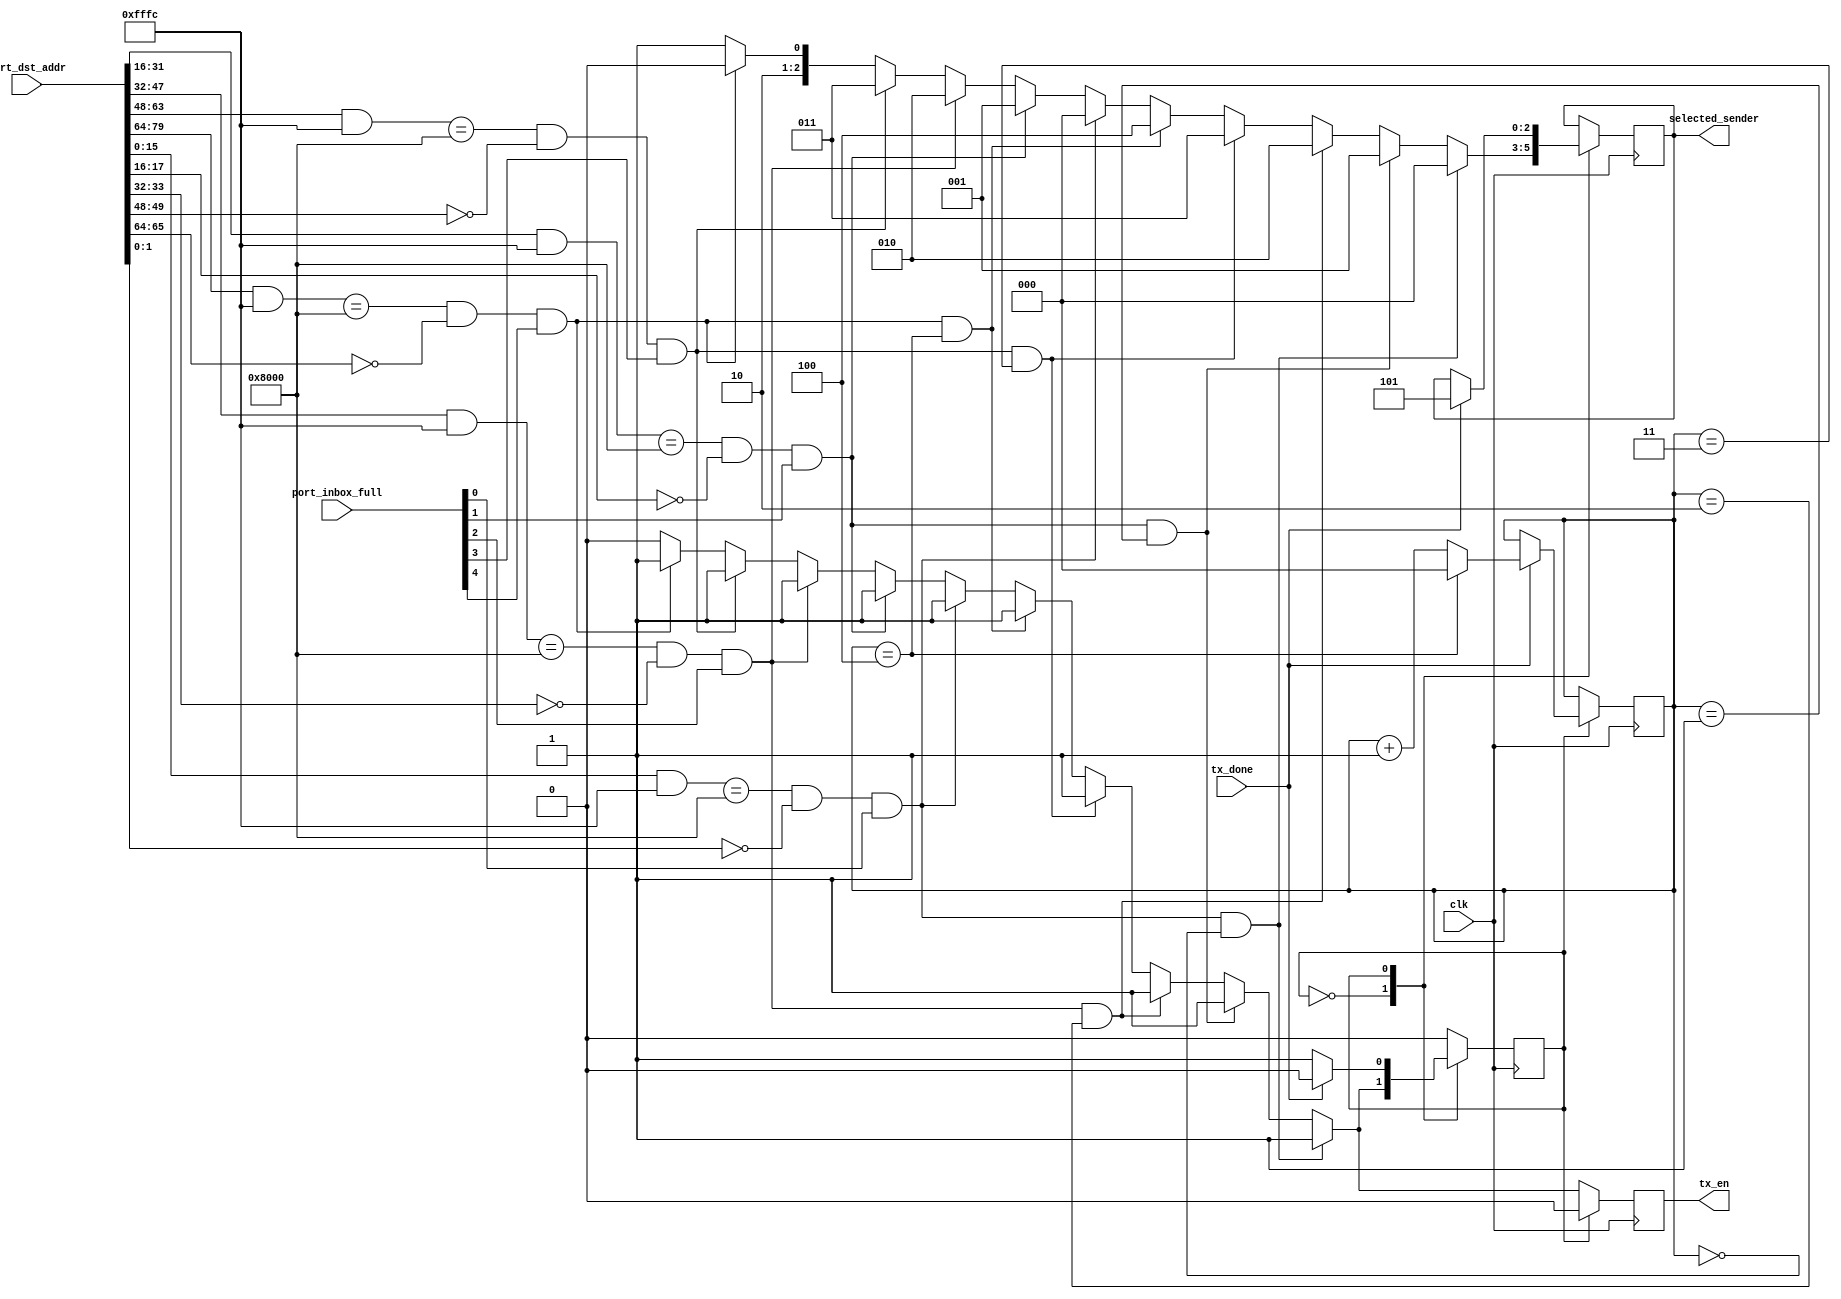
`timescale 1ns / 1ps
/***********************************************************************************************************************
*                                                                                                                      *
* ANTIKERNEL v0.1                                                                                                      *
*                                                                                                                      *
* Copyright (c) 2012-2016 Andrew D. Zonenberg                                                                          *
* All rights reserved.                                                                                                 *
*                                                                                                                      *
* Redistribution and use in source and binary forms, with or without modification, are permitted provided that the     *
* following conditions are met:                                                                                        *
*                                                                                                                      *
*    * Redistributions of source code must retain the above copyright notice, this list of conditions, and the         *
*      following disclaimer.                                                                                           *
*                                                                                                                      *
*    * Redistributions in binary form must reproduce the above copyright notice, this list of conditions and the       *
*      following disclaimer in the documentation and/or other materials provided with the distribution.                *
*                                                                                                                      *
*    * Neither the name of the author nor the names of any contributors may be used to endorse or promote products     *
*      derived from this software without specific prior written permission.                                           *
*                                                                                                                      *
* THIS SOFTWARE IS PROVIDED BY THE AUTHORS "AS IS" AND ANY EXPRESS OR IMPLIED WARRANTIES, INCLUDING, BUT NOT LIMITED   *
* TO, THE IMPLIED WARRANTIES OF MERCHANTABILITY AND FITNESS FOR A PARTICULAR PURPOSE ARE DISCLAIMED. IN NO EVENT SHALL *
* THE AUTHORS BE HELD LIABLE FOR ANY DIRECT, INDIRECT, INCIDENTAL, SPECIAL, EXEMPLARY, OR CONSEQUENTIAL DAMAGES        *
* (INCLUDING, BUT NOT LIMITED TO, PROCUREMENT OF SUBSTITUTE GOODS OR SERVICES; LOSS OF USE, DATA, OR PROFITS; OR       *
* BUSINESS INTERRUPTION) HOWEVER CAUSED AND ON ANY THEORY OF LIABILITY, WHETHER IN CONTRACT, STRICT LIABILITY, OR TORT *
* (INCLUDING NEGLIGENCE OR OTHERWISE) ARISING IN ANY WAY OUT OF THE USE OF THIS SOFTWARE, EVEN IF ADVISED OF THE       *
* POSSIBILITY OF SUCH DAMAGE.                                                                                          *
*                                                                                                                      *
***********************************************************************************************************************/

/**
	@file
	@author Andrew D. Zonenberg
	@brief Arbitration for RPCv2 protocol
 */
module RPCv2Arbiter(
	clk,
	port_inbox_full,
	port_dst_addr,
	tx_en, tx_done,
	selected_sender
	);
	
	////////////////////////////////////////////////////////////////////////////////////////////////////////////////////
	// I/O declarations
	
	//Network clock
	input wire clk;
	
	//Status of each incoming port
	input wire[4:0] port_inbox_full;
	
	//Destination address headers for each incoming port
	input wire[79:0] port_dst_addr;
		
	//Link to outbound transceiver
	output reg tx_en = 0;
	input wire tx_done;
	
	//Control signal for muxes
	output reg[2:0] selected_sender = 5;
	
	//Our port number
	parameter THIS_PORT = 0;
	
	////////////////////////////////////////////////////////////////////////////////////////////////////////////////////
	// Address matching logic
	
	parameter SUBNET_MASK = 16'hFFFC;	//default to /14 subnet
	parameter SUBNET_ADDR = 16'h8000;	//first valid subnet address
	parameter HOST_BIT_HIGH = 1;		//host bits
	localparam HOST_BIT_LOW = HOST_BIT_HIGH - 1;
	
	//Each bit is set if the associated port's destination address refers to us.
	//Note that this may be true even if they are not actually trying to send.
	reg[4:0] port_match = 0;
	
	integer i;
	always @(*) begin
	
		port_match <= 0;
		
		//We are the uplink port - match anything NOT in our subnet
		if(THIS_PORT == 4) begin
			for(i=0; i<5; i=i+1)
				port_match[i] <= (port_dst_addr[i*16 +: 16] & SUBNET_MASK) != SUBNET_ADDR;
		end
		
		//We are a downstream port - match anything IN our subnet and matching our address range
		else begin
			for(i=0; i<5; i=i+1) begin
				port_match[i] <=
					( (port_dst_addr[i*16 +: 16] & SUBNET_MASK) == SUBNET_ADDR ) &&
					( port_dst_addr[i*16 + HOST_BIT_LOW +: 2] == THIS_PORT );
			end
		
		end
	
	end
	
	////////////////////////////////////////////////////////////////////////////////////////////////////////////////////
	// See who wants to send to us (address match + data in buffer)
	
	reg[4:0] port_sending_to_us;
	
	always @(*) begin
		for(i=0; i<5; i=i+1)
			port_sending_to_us[i] <= port_match[i] && port_inbox_full[i];
	end
		
	////////////////////////////////////////////////////////////////////////////////////////////////////////////////////
	// Main control logic
	
	reg[2:0] rr_port = THIS_PORT;
	
	localparam STATE_IDLE = 0;
	localparam STATE_SENDING = 1;
	
	reg state = STATE_IDLE;
	always @(posedge clk) begin
	
		tx_en <= 0;
	
		case(state)
			
			//Idle - wait for someone to send to us
			STATE_IDLE: begin
			
				//Default to reading from port 5 (nonexistent)
				selected_sender <= 5;
				
				//Assume no round-robin match
				//Let the first port who wants to talk do so
				//Uplink has top priority, then other ports
				for(i=4; i>=0; i=i-1) begin
					if(port_sending_to_us[i]) begin
						state <= STATE_SENDING;
						selected_sender <= i[2:0];
						tx_en <= 1;
					end
				end
								
				//Check for round-robin match at end, they get max priority
				for(i=4; i>=0; i=i-1) begin
					if(port_sending_to_us[i] && (rr_port == i) ) begin
						state <= STATE_SENDING;
						selected_sender <= i[2:0];
						tx_en <= 1;
					end
				end
			
			end
			
			//Sending - wait for transmission to complete, then bump round-robin port and continue
			STATE_SENDING: begin
				if(tx_done) begin
					rr_port <= rr_port + 3'h1;
					if(rr_port == 4)
						rr_port <= 0;
					
					//Clear selected sender immediately, by the time we see tx_done they're already
					//finished processing the packet
					selected_sender <= 5;
					
					state <= STATE_IDLE;
				end
			end
			
		endcase
	
	end
	
endmodule